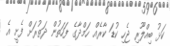
ކަޅު ބިއްލޫރި ޖެހި ކުޑަ ކާރެއް ހަމްދާގެ ފަހަތުން ދަތުރަށް ފެށީ އެ